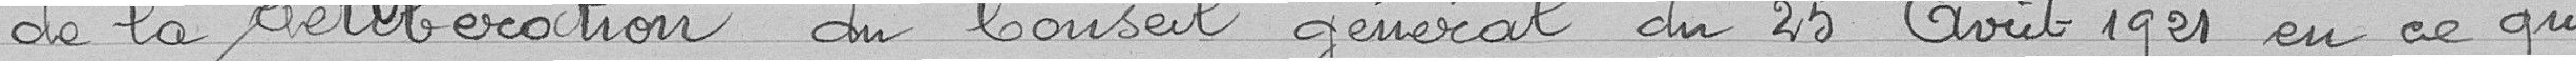
la délibération du Conseil général du 25 août en ce qui